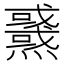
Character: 𤒜